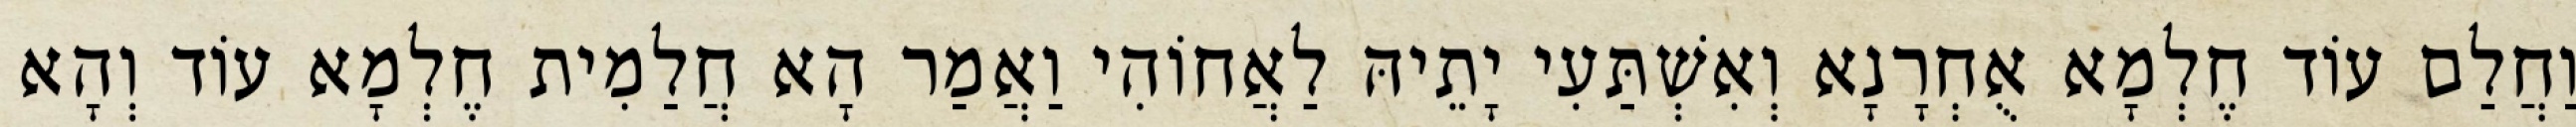
וַחֲלַם עוֹד חֶלְמָא אֻחְרָנָא וְאִשְׁתַּעִי יָתֵיהּ לַאֲחוֹהִי וַאֲמַר הָא חֲלַמִית חֶלְמָא עוֹד וְהָא